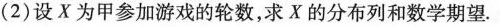
(2)设X为甲参加游戏的轮数，求X的分布列和数学期望.